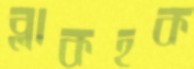
ব্লাকহক